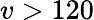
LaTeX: v>120